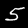
Digit: 5